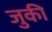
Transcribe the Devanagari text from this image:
जुकी